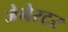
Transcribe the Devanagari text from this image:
जेनेरटर